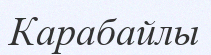
Карабайлы